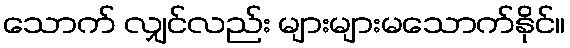
သောက် လျှင်လည်း များများမသောက်နိုင်။